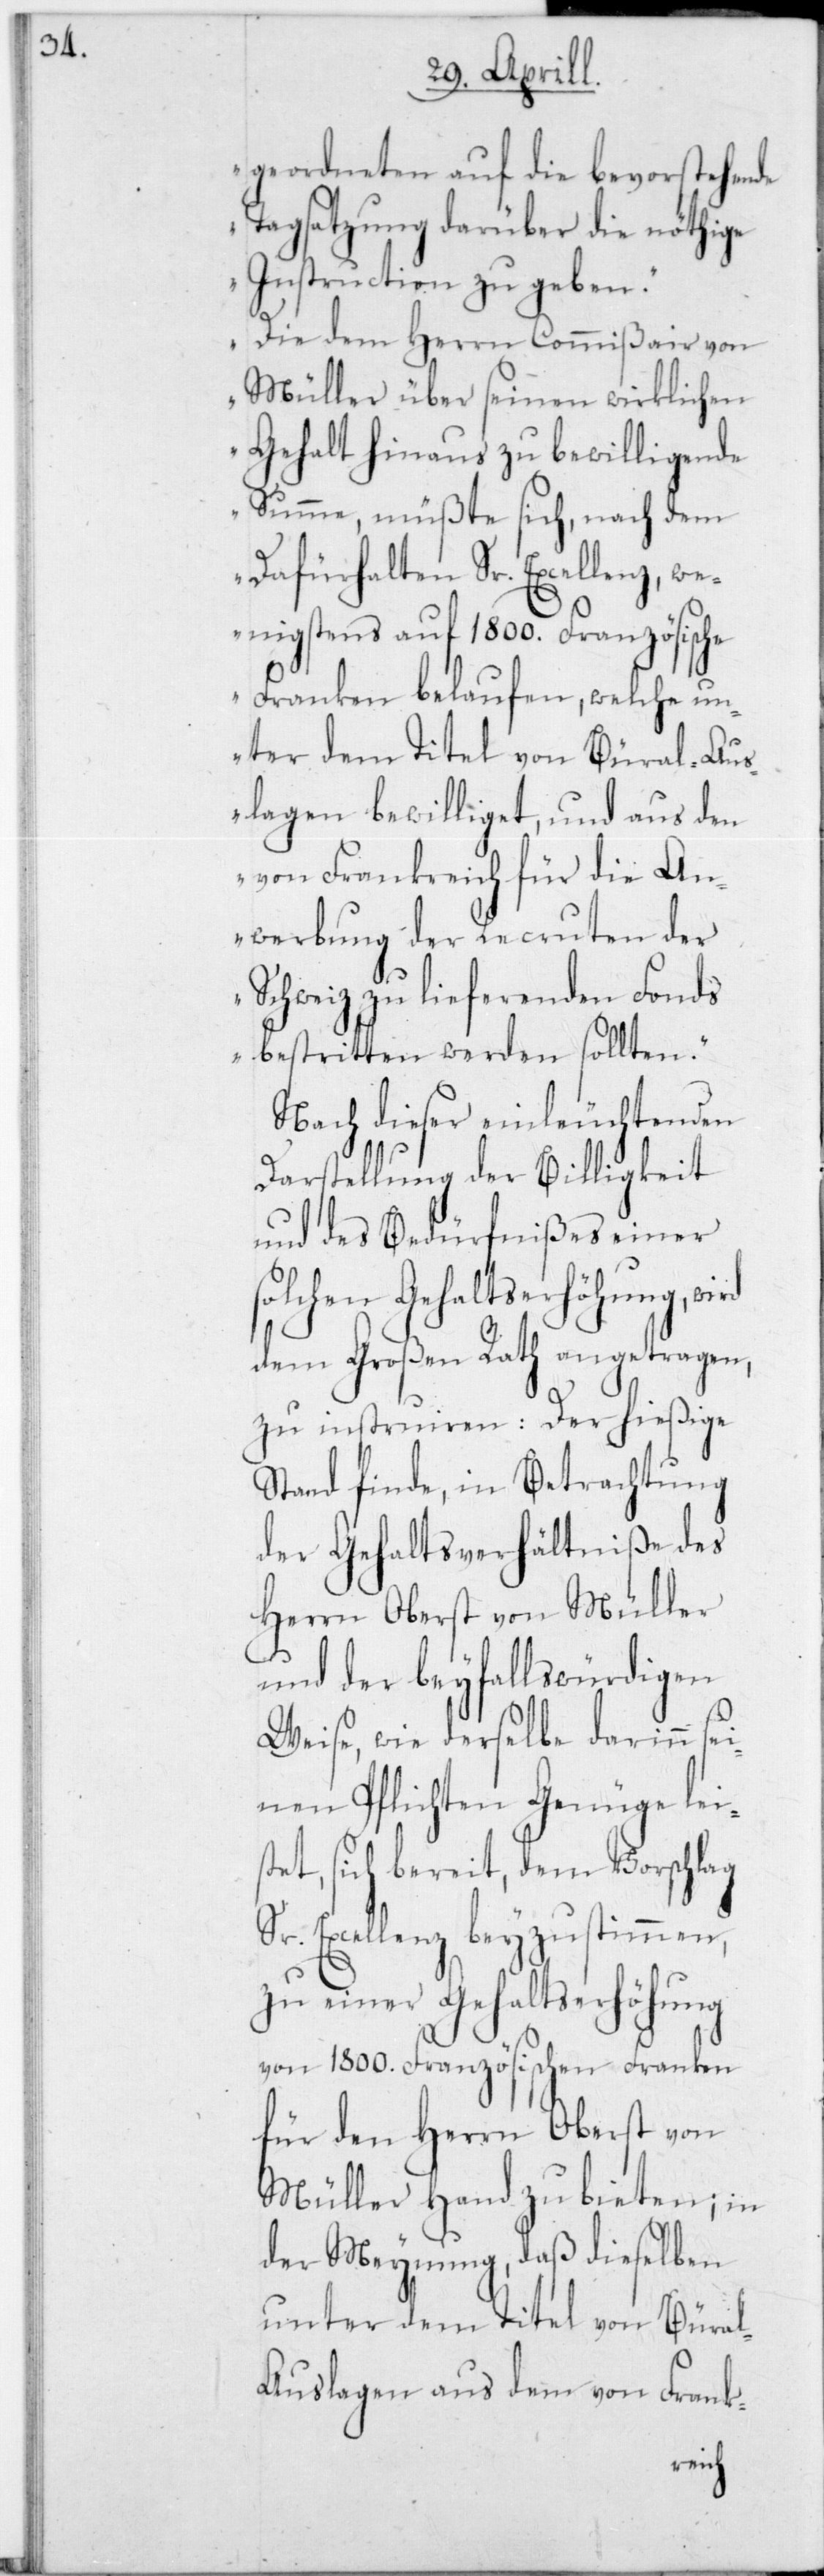
geordneten auf die bevorstehende
Tagsatzung darüber die nöthige
Instruction zu geben.
Die dem Herrn Commißair von
Müller über seinen wirklichen
Gehalt hinaus zu bewilligende
Summe, müßte sich, nach dem
Dafürhalten Sr. Excellenz, we¬
nigstens auf 1800 Französische
Franken belaufen, welche un¬
unter dem Titel von Büral-A¬
slagen bewilliget, und aus den
von Frankreich für die An¬
werbung der Recruten der
Schweiz zu liefernden Fonds
bestritten werden sollten“.
Nach dieser einleuchtenden
Darstellung der Billigkeit
und des Bedürfnißes einer
solchen Gehaltserhöhung, wird
dem Großen Rath angetragen,
zu instruiren: Der hießige
Stand finde, in Betrachtung
der Gehaltsverhältniße des
Herrn Oberst von Müller
und der beyfallswürdigen
Weise, wie derselbe darinn sei¬
nen Pflichten Genüge leis¬
tet, sich bereit, dem Vorschlag
Sr. Excellenz beyzustimmen,
zu einer Gehaltserhöhung
von 1800 Französischen Franken
für den Herrn Oberst von
Müller Hand zu bieten; in
der Meynung, daß dieselben
uslagen aus dem von Frank-